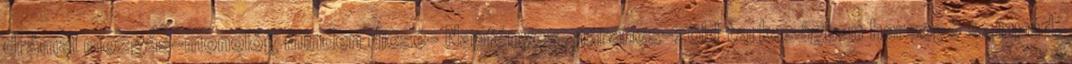
drámai mozgás-monológ minden dicsé- Napfényes, narancs-zöld tarkaságban harsogó színpad,